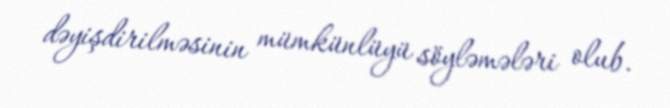
dəyişdirilməsinin mümkünlüyü söyləmələri olub.